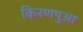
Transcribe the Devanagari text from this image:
किरणपुआ